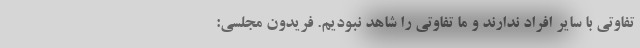
تفاوتی با سایر افراد ندارند و ما تفاوتی را شاهد نبودیم. فریدون مجلسی: